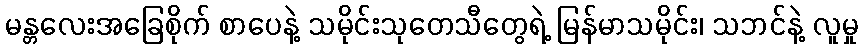
မန္တလေးအခြေစိုက် စာပေနဲ့ သမိုင်းသုတေသီတွေရဲ့ မြန်မာသမိုင်း၊ သဘင်နဲ့ လူမှု